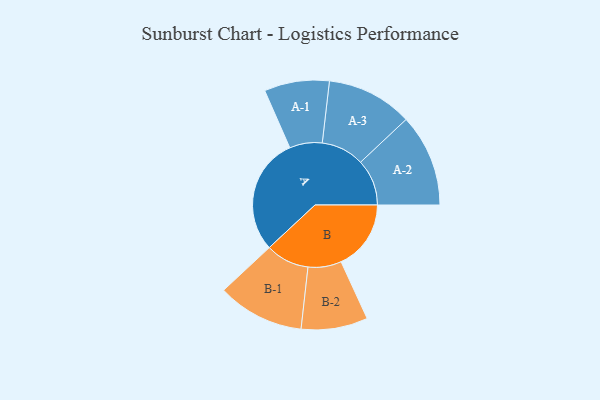
{"axis": {"x": "Segment", "y": "Value"}, "legend": ["", "A", "B"], "data": [{"x": "A", "y": 460, "type": ""}, {"x": "B", "y": 275, "type": ""}, {"x": "A-1", "y": 128, "type": "A"}, {"x": "A-2", "y": 182, "type": "A"}, {"x": "A-3", "y": 169, "type": "A"}, {"x": "B-1", "y": 171, "type": "B"}, {"x": "B-2", "y": 131, "type": "B"}]}